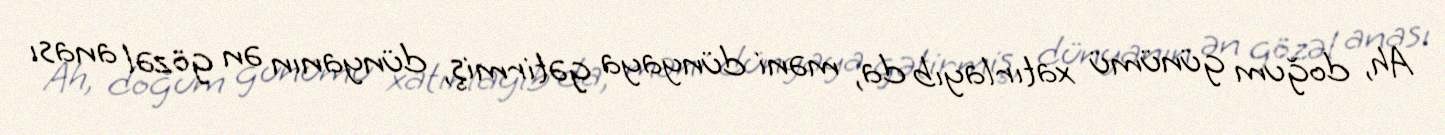
Ah, doğum günümü xatırlayıb da, məni dünyaya gətirmiş, dünyanın ən gözəl anası